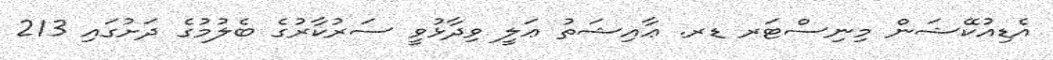
އެޑިއުކޭޝަން މިނިސްޓަރ ޑރ. ޢާއިޝަތު ޢަލީ ވިދާޅުވީ ސަރުކާރުގެ ބެލުމުގެ ދަށުގައި 213